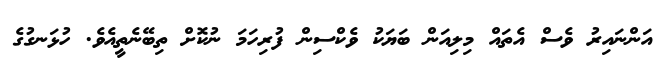
އަންނައިރު ވެސް އެތައް މިލިއަން ބަޔަކު ވެކްސިން ފުރިހަމަ ނުކޮށް ތިބޭނެތީއެވެ. ހުޅަނގުގެ